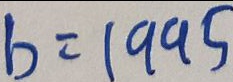
b = 1 9 9 5